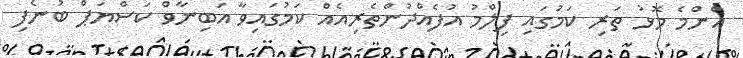
އެންމެ މޮޅު ތަރި ކަމުގައި ފިލްމު އުފެއްދުންތެރިއެއް ކަމުގައިވާ އަބިނާވް ކަސްޔަޕް ބުނެފި